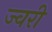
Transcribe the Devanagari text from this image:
ज्वरी